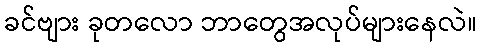
ခင်ဗျား ခုတလော ဘာတွေအလုပ်များနေလဲ။